Report on vaccination proceedings throughout the Government of Bengal -
Year: 1868
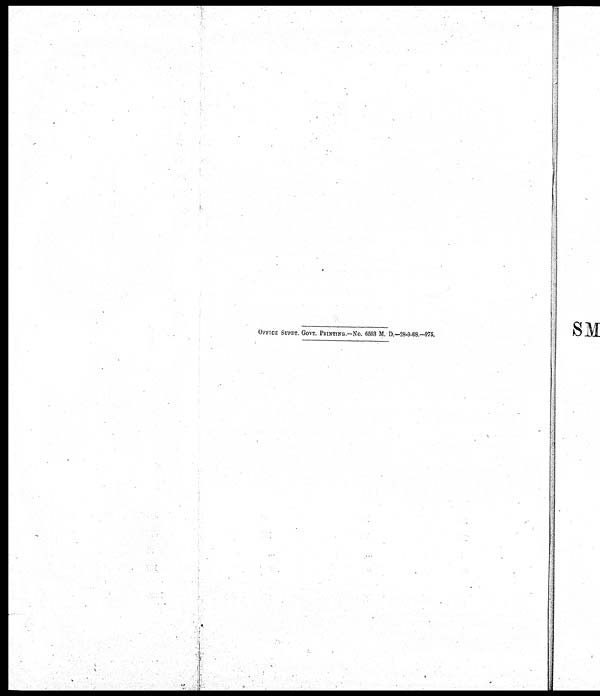
OFFICE SUPDT. GOVT. PRINTING —NO. 6503 M. D.—28-9-68.—975.